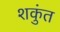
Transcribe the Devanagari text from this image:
शकुंत